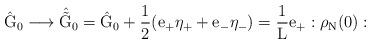
LaTeX: \begin{align*}\hat{\rm G}_0 \longrightarrow \hat{\tilde{\rm G}}_0 =\hat{\rm G}_0 + \frac{1}{2} (e_{+} {\eta}_{+} +e_{-} {\eta}_{-}) = \frac{1}{\rm L}e_{+} :\rho_{\rm N}(0):\end{align*}